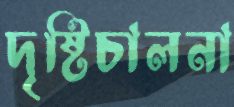
দৃষ্টিচালনা